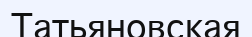
Татьяновская